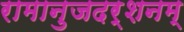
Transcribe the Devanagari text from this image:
रामानुजदर्शनम्